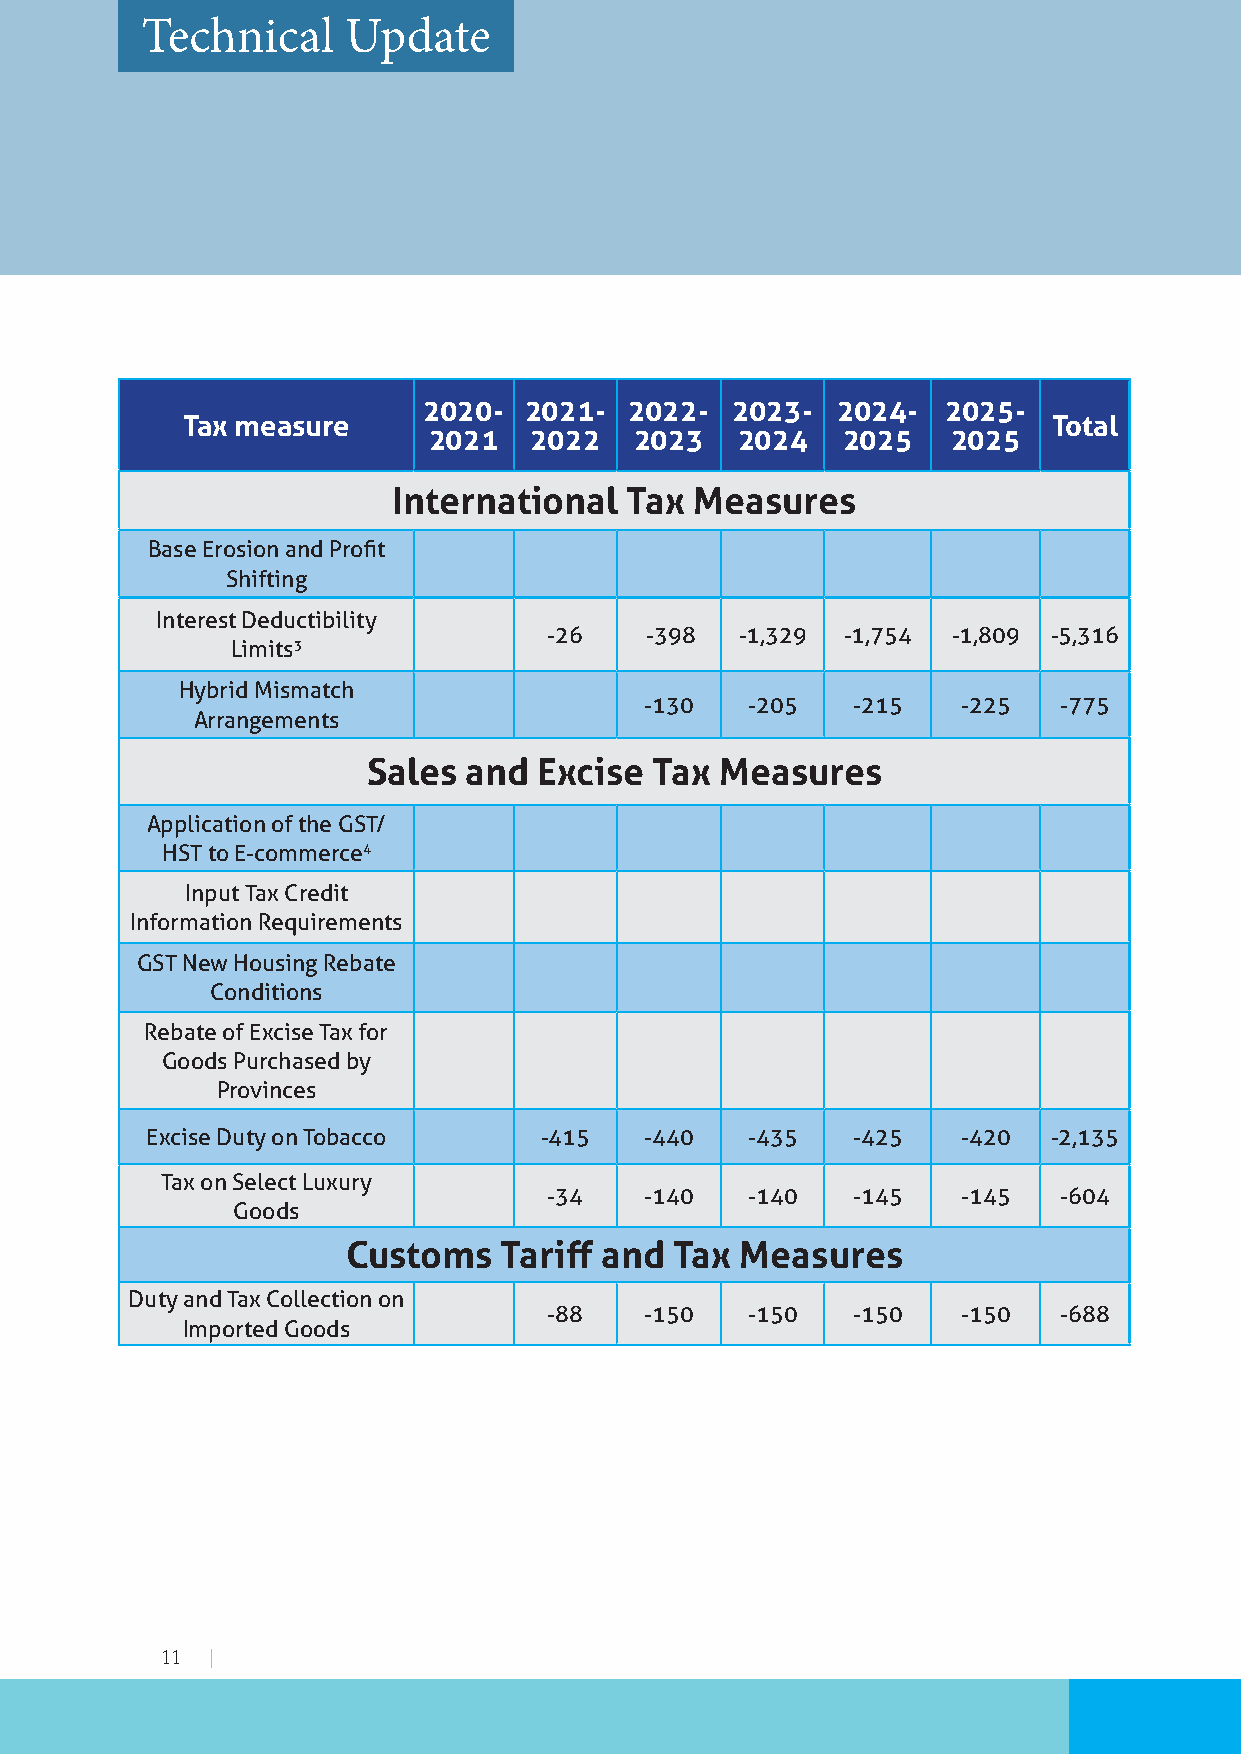
Technical     Update
 2020-  2021-  2022- 2023-  2024-   2025-
 Tax measure                                               Total
 2021   2022   2023   2024   2025   2025
 International  Tax  Measures
 Base Erosion and Profit
 Shifting
 Interest Deductibility
 -26    -398  -1,329 -1,754 -1,809 -5,316
 Limits3
 Hybrid Mismatch
 -130  -205   -215    -225  -775
 Arrangements
 Sales  and  Excise Tax  Measures
 Application of the GST/
 HST to E-commerce4
 Input Tax Credit
 Information Requirements
 GST New Housing Rebate
 Conditions
 Rebate of Excise Tax for
 Goods Purchased by
 Provinces
 Excise Duty on Tobacco    -415   -440  -435   -425    -420  -2,135
 Tax on Select Luxury
 -34    -140  -140   -145    -145  -604
 Goods
 Customs   Tariff and  Tax Measures
 Duty and Tax Collection on
 -88    -150  -150   -150    -150  -688
 Imported Goods
 11 |